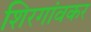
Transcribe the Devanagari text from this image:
शिरगांवकर